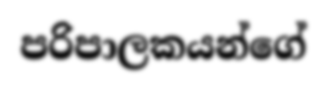
පරිපාලකයන්ගේ